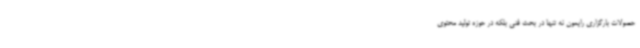
حصولات بارگزاری رایمون نه تنها در بحث فنی بلکه در حوزه تولید محتوی